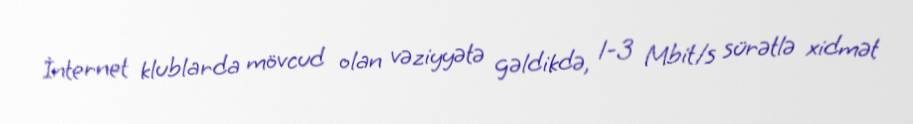
İnternet klublarda mövcud olan vəziyyətə gəldikdə, 1-3 Mbit/s sürətlə xidmət